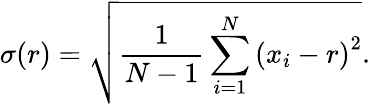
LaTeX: \sigma(r)={\sqrt{{\frac{1}{N-1}}\sum_{i=1}^{N}\left(x_{i}-r\right)^{2}}}.